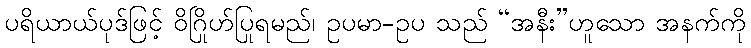
ပရိယာယ်ပုဒ်ဖြင့် ဝိဂြိုဟ်ပြုရမည်၊ ဥပမာ-ဥပ သည် “အနီး”ဟူသော အနက်ကို